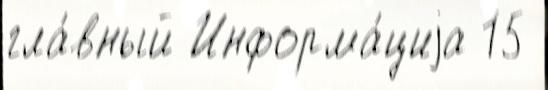
гла́вный Информа́циjа 15